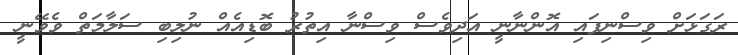
ރަގަޅަށް ވިސްނިފައި އޮންނާނީ އަދިވެސް ވިސްނާ އިތުުރު ބޮޑިއެއް ނުލިބި ސަލާމަތް ވެވޭނީ